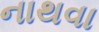
નાથવા